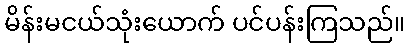
မိန်းမငယ်သုံးယောက် ပင်ပန်းကြသည်။